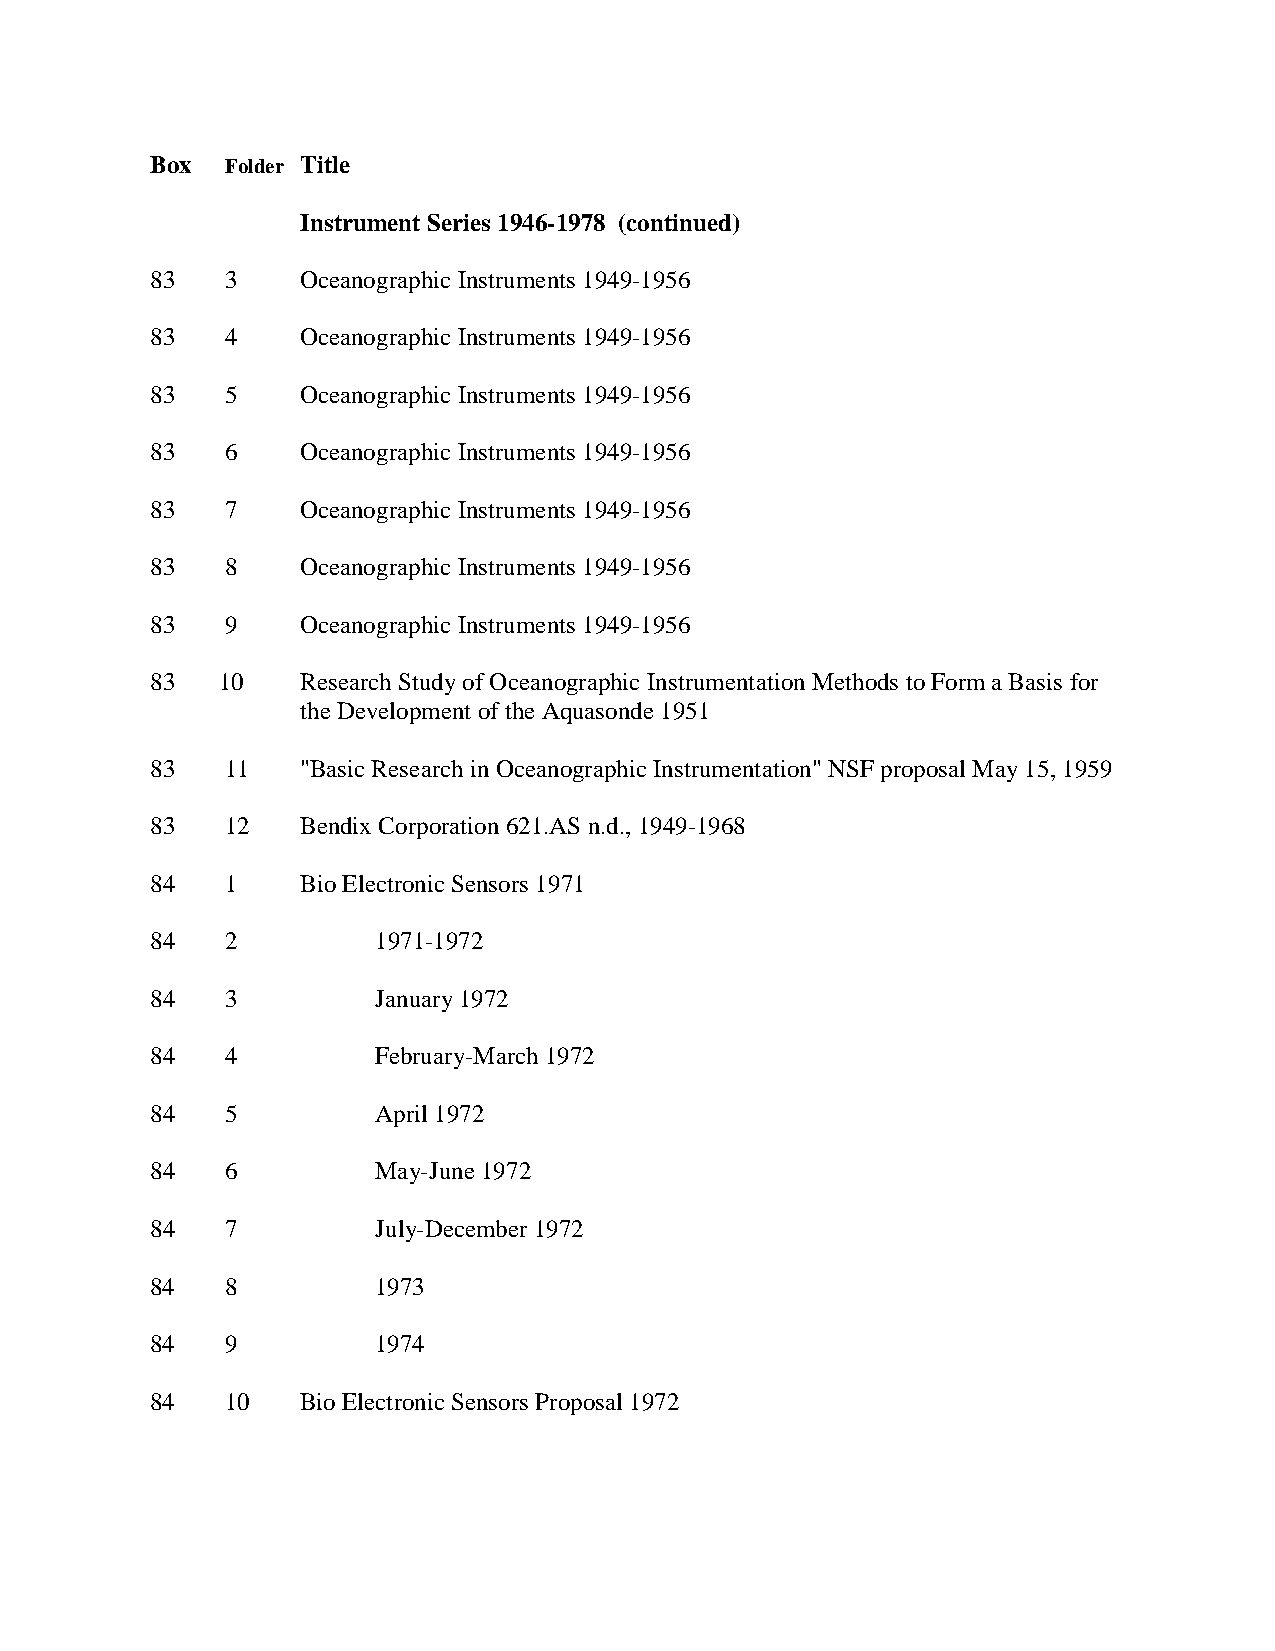
Box  Folder Title
 Instrument Series 1946-1978 (continued)
 83   3    Oceanographic Instruments 1949-1956
 83   4    Oceanographic Instruments 1949-1956
 83   5    Oceanographic Instruments 1949-1956
 83   6    Oceanographic Instruments 1949-1956
 83   7    Oceanographic Instruments 1949-1956
 83   8    Oceanographic Instruments 1949-1956
 83   9    Oceanographic Instruments 1949-1956
 83  10    Research Study of Oceanographic Instrumentation Methods to Form a Basis for
 the Development of the Aquasonde 1951
 83   11   "Basic Research in Oceanographic Instrumentation" NSF proposal May 15, 1959
 83   12   Bendix Corporation 621.AS n.d., 1949-1968
 84   1    Bio Electronic Sensors 1971
 84   2         1971-1972
 84   3         January 1972
 84   4         February-March 1972
 84   5         April 1972
 84   6         May-June 1972
 84   7         July-December 1972
 84   8         1973
 84   9         1974
 84   10   Bio Electronic Sensors Proposal 1972